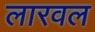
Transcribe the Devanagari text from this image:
लारवल